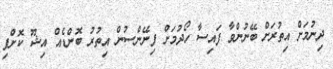
ދިނުމަށް އިތުރަށް ބޭނުންވާ ފައިސާ ހޯދުމަށް ފިނޭންސުން އިތުރު ބޮންޑެއް އިޝޫ ކޮށްފި